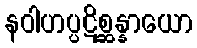
နဝါဟပ္ပဋိစ္ဆန္နာယော